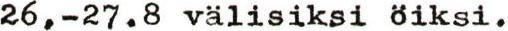
26,-27.8 välisiksi öiksi.